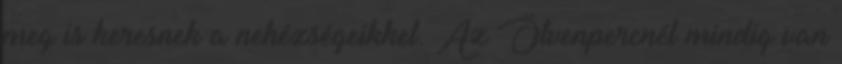
meg is keresnek a nehézségeikkel. Az Ötvenpercnél mindig van